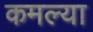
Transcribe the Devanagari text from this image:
कमल्या